Lunatic asylums Punjab 1895-1910 - 1895-1910
Year: 1895
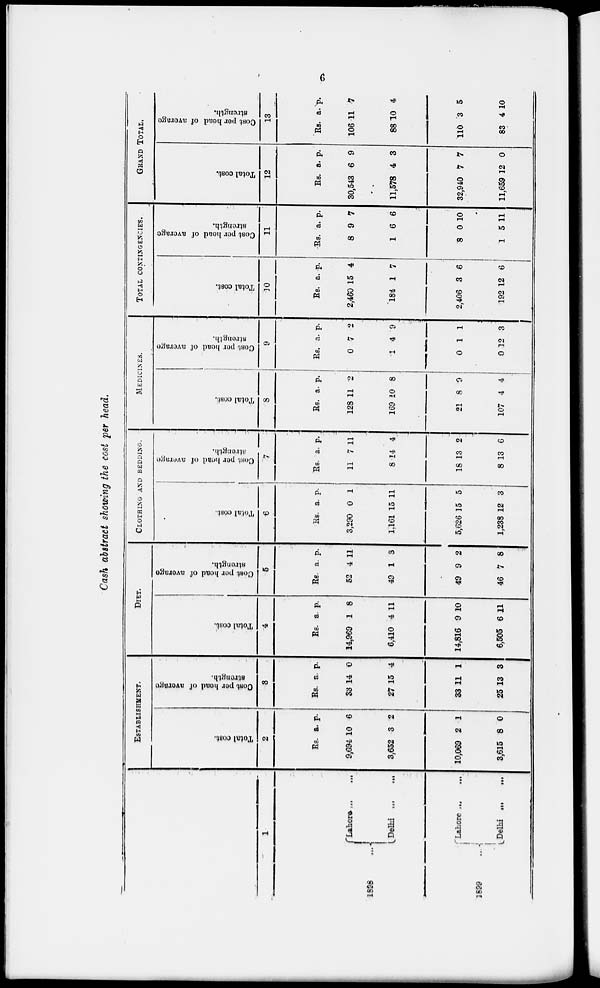
6
Cash abstract showing the cost per head.
1
1898 ...
1899 ...
Lahore ... ...
Delhi ... ...
Lahore ... ...
Delhi ... ...
ESTABLISHMENT.
Total cost.
2
Rs.
9,634
3,652
10,069
3,615
a.
10
3
2
8
p.
6
2
1
0
Cost per head
of average
strength.
3
Rs.
33
27
33
25
a.
14
15
11
13
p.
0
4
1
3
DIET.
Total cost.
4
Rs.
14,969
6,410
14,816
6,505
a.
1
4
9
6
p.
8
11
10
11
Cost per
head
of average
strength.
5
Rs.
52
49
49
46
a.
4
1
9
7
p.
11
3
2
8
CLOTHING AND BEDDING.
Total cost.
6
Rs.
3,290
1,161
5,626
1,238
a.
0
15
15
12
p.
1
11
5
3
Cost
per head
of average
strength.
7
Rs.
11
8
18
8
a.
7
14
13
13
p.
11
4
2
6
MEDICINES.
Total cost.
8
Rs.
128
169
21
107
a.
11
10
8
4
p.
2
8
9
4
Cost per
head
of average
strength.
9
Rs.
0
1
0
0
a.
7
4
1
12
p.
2
9
1
3
TOTAL CONTINGENCIES.
Total cost.
10
Rs.
2,460
184
2,406
192
a.
15
1
3
12
p.
4
7
6
6
Cost per
head
of average
strength.
11
Rs.
8
1
8
1
a.
9
6
0
5
p.
7
6
10
11
GRAND TOTAL.
Total cost.
12
Rs.
30,543
11,578
32,940
11,659
a.
6
4
7
12
p.
9
3
7
0
Cost
per head of average
strength.
13
Rs.
106
88
110
83
a.
11
10
3
4
p.
7
4
5
10